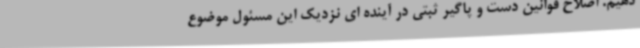
دهیم. اصلاح قوانین دست و پاگیر ثبتی در آینده ای نزدیک این مسئول موضوع